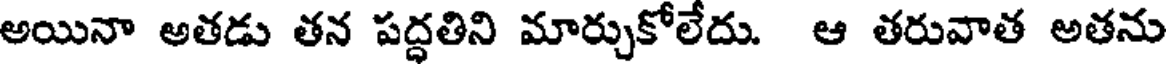
అయినా అతడు తన పద్దతిని మార్చుకోలేదు. ఆ తరువాత అతను